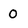
Character: 0